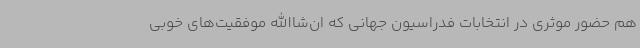
هم حضور موثری در انتخابات فدراسیون جهانی که ان‌شاالله موفقیت‌های خوبی